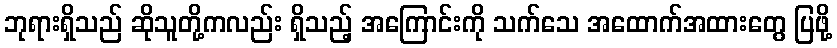
ဘုရားရှိသည် ဆိုသူတို့ကလည်း ရှိသည့် အကြောင်းကို သက်သေ အထောက်အထားတွေ ပြဖို့